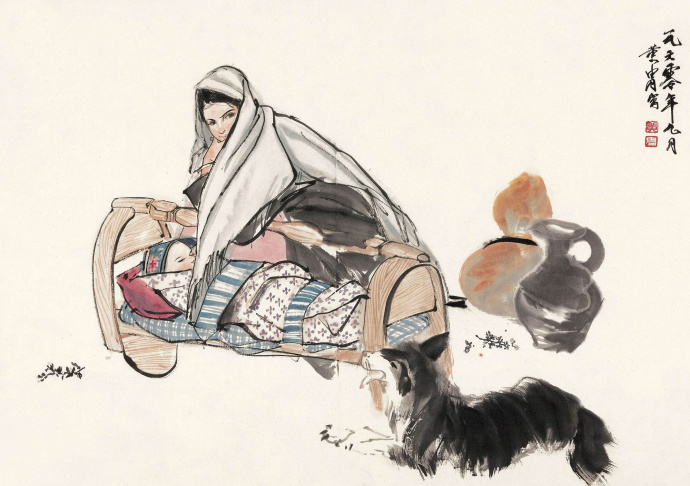
慈母倚门情，游子行路苦。